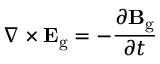
\nabla \times \mathbf { E } _ { \mathrm { g } } = - { \frac { \partial \mathbf { B } _ { \mathrm { g } } } { \partial t } }